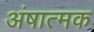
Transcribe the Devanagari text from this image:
अंषात्मक